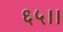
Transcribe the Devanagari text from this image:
६५।।